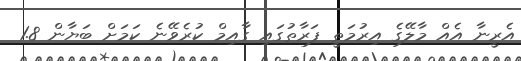
އެރީނާ އެއް މާލޭގެ އިރުމަތީ ފަރާތުގައި ގާއިމް ކުރެވޭނެ ކަމަށް ބަޔާން 1.8